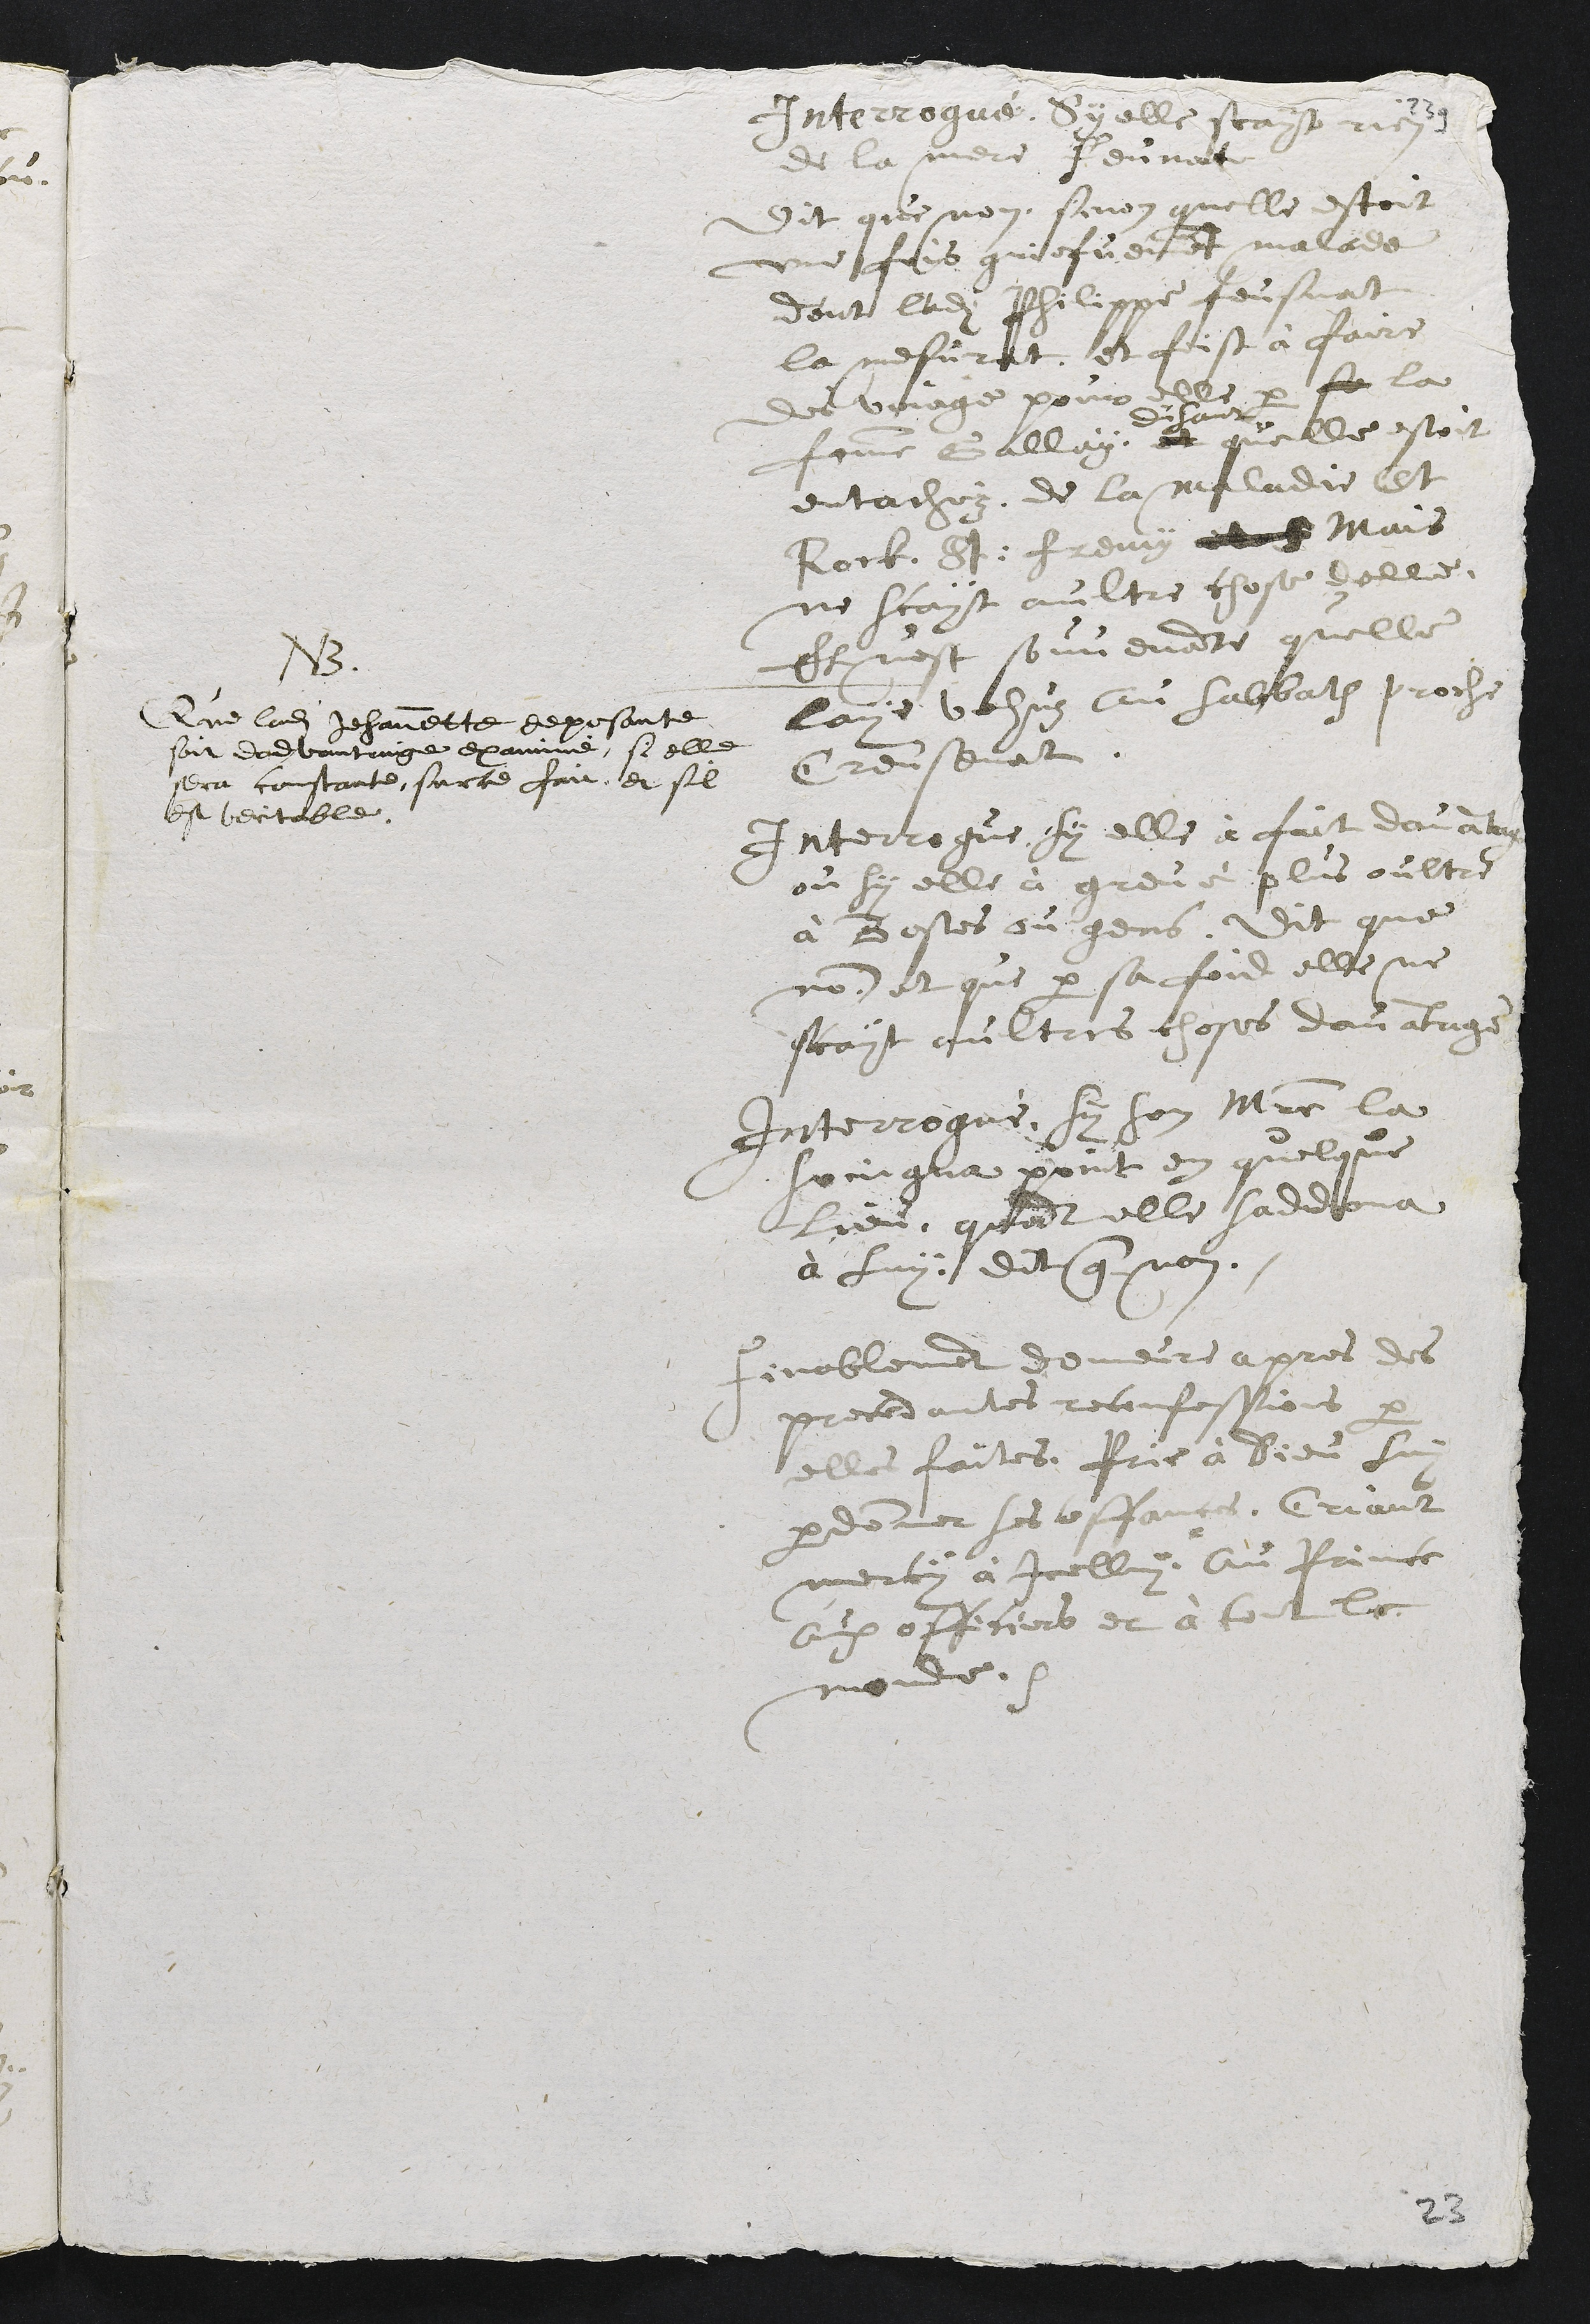
Interrogué, Sy elle scayt rien
de la mere Feunat
Dit que non, sinon quelle estoit
une fois griefvement malade
dont ledit Philippe feusnat
la mesurat, et feist à faire
des voiage pour elle par sa la
femme Gallay
disant
et quelle estoit
entachéz, de la maladie St
Rock. St : fremy etc. mais
ne scayt aultre chose delle.
Et n'est souvenante quelle
laye vehuz au sabbath proche
Creusenat.
NB.
Que ladite Jehannette deposante
soit dadvantaige examiné, si elle
sera constante, sur ce fait, et sil
est veritable.
Interrogue, sy elle à fait davantage
ou sy elle à grevé plus oultre
à Bestes ou gens, dit que
non, et que par sa foid elle ne
scayt aultres choses davantage.
Interrogué, sy son maistre la
soingna point en quelque
lieu, quant elle saddona
à luy, dit que non.
Finablement demeure apres des
precedantes reconfessions par
elle faites. Prie à Dieu luy
pardonner ses offances, Criant
mercy à icelluy, Au Prince
aux officiers et à tout le
monde. etc.
23